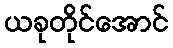
ယခုတိုင်အောင်